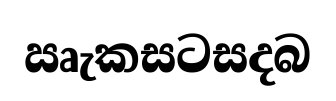
ඍැකසටසදබ